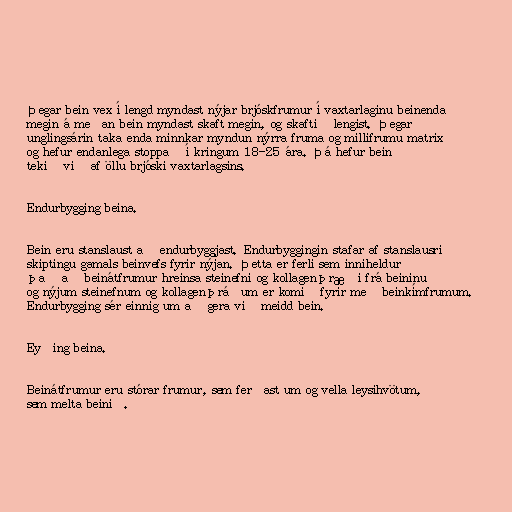
Þegar bein vex í lengd myndast nýjar brjóskfrumur í vaxtarlaginu beinenda
megin á meðan bein myndast skaft megin, og skaftið lengist. Þegar
unglingsárin taka enda minnkar myndun nýrra fruma og millifrumu matrix
og hefur endanlega stoppað í kringum 18-25 ára. Þá hefur bein
tekið við af öllu brjóski vaxtarlagsins.

Endurbygging beina.

Bein eru stanslaust að endurbyggjast. Endurbyggingin stafar af stanslausri
skiptingu gamals beinvefs fyrir nýjan. Þetta er ferli sem inniheldur
það að beinátfrumur hreinsa steinefni og kollagenþræði frá beininu
og nýjum steinefnum og kollagenþráðum er komið fyrir með beinkímfrumum.
Endurbygging sér einnig um að gera við meidd bein.

Eyðing beina.

Beinátfrumur eru stórar frumur, sem ferðast um og vella leysihvötum,
sem melta beinið.